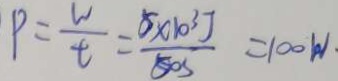
p = \frac { w } { t } = \frac { 5 \times 1 0 ^ { 3 } J } { 5 0 s } = 1 0 0 w